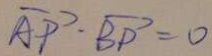
\overrightarrow { A P } \cdot \overrightarrow { B P } = 0